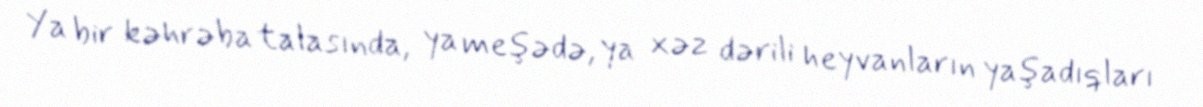
Ya bir kəhrəba talasında, ya meşədə, ya xəz dərili heyvanların yaşadıqları